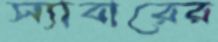
স্যাবারের